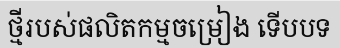
ថ្មីរបស់ផលិតកម្មចម្រៀង ទើបបទ